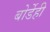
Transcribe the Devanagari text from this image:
बोर्डेही